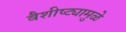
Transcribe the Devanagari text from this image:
वैशीष्ट्यामुळे